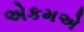
એકમએ